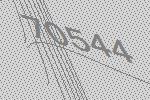
70544